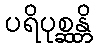
ပရိပုစ္ဆန္တိ